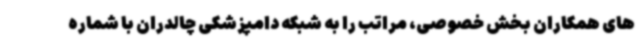
های همکاران بخش خصوصی، مراتب را به شبکه دامپزشکی چالدران با شماره